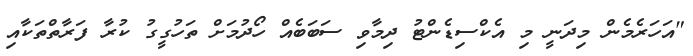
"އަހަރެމެން މިދަނީ މި އެކްސިޑެންޓު ދިމާވި ސަބަބެއް ހޯދުމަށް ތަހުގީގު ކުރާ ފަރާތްތަކާއި